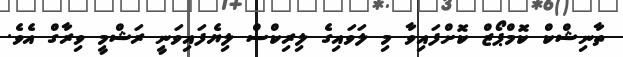
ތާނިޝްކް ކޮމްޕޯޒް ކޮށްފައިވާ މި ލަވައިގެ ލިރިކްސް ލިޔެފައިވަނީ ރަޝްމީ ވިރާގް އެވެ.